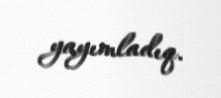
yayımladıq.